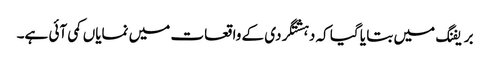
بریفنگ میں بتا یا گیا کہ دہشتگردی کے واقعات میں نمایاں کمی آئی ہے۔